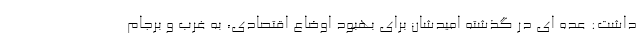
داشت: عده ای در گذشته امیدشان برای بهبود اوضاع اقتصادی، به غرب و برجام